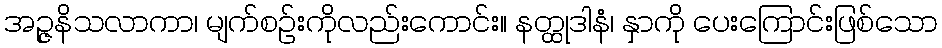
အဉ္ဇနိသလာကာ၊ မျက်စဉ်းကိုလည်းကောင်း။ နတ္ထုဒါနံ၊ နှာကို ပေးကြောင်းဖြစ်သော